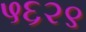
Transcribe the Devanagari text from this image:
५६२९